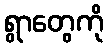
ရွာတွေကို